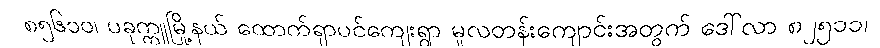
၈၅၆၁ဝ၊ ပခုက္ကူမြို့နယ် ထောက်ရှာပင်ကျေးရွာ မူလတန်းကျောင်းအတွက် ဒေါ်လာ ၈၂၅၁၁၊